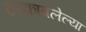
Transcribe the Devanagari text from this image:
टरकावलेल्या